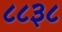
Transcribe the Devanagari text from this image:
८८३८